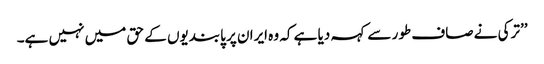
’’ترکی نے صاف طور سے کہہ دیا ہے کہ وہ ایران پر پابندیوں کے حق میں نہیں ہے۔